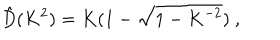
\hat { D } ( K ^ { 2 } ) = K ( 1 - \sqrt { 1 - K ^ { - 2 } } ) \ ,